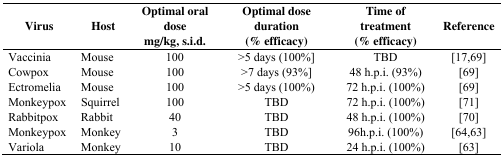
| Virus | Host | Optimal oral dose mg/kg, s.i.d. | Optimal dose duration (% efficacy) | Time of treatment (% efficacy) | Reference |
 | --- | --- | --- | --- | --- | --- |
 | Vaccinia | Mouse | 100 | >5 days (100%] | TBD | [17,69] |
 | Cowpox | Mouse | 100 | >7 days (93%] | 48 h.p.i. (93%) | [69] |
 | Ectromelia | Mouse | 100 | >5 days (100%) | 72 h.p.i. (100%) | [69] |
 | Monkeypox | Squirrel | 100 | TBD | 72 h.p.i. (100%) | [71] |
 | Rabbitpox | Rabbit | 40 | TBD | 48 h.p.i. (100%) | [70] |
 | Monkeypox | Monkey | 3 | TBD | 96h.p.i. (100%) | [64,63] |
 | Variola | Monkey | 10 | TBD | 24 h.p.i. (100%) | [63] |